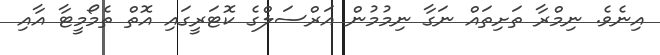
އިނެވެ. ނިމްރާ ތަށިތައް ނަގާ ނިމުމުން އަރްސަލްގެ ކޮޓަރީގައި އޮތް ތެމޯމީޓާ އާއި